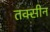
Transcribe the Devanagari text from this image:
तक्सीन